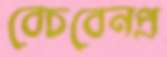
বেচবেনপ্র